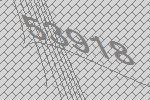
53918